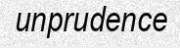
unprudence